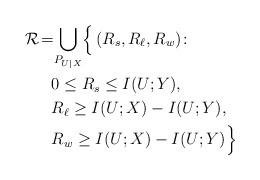
LaTeX: \begin{align*}\mathcal{R}_{}\! =\! &\bigcup_{P_{U|X}}\!\Big\{\left(R_s,R_\ell,R_w\right)\!\colon\!\\&0 \leq R_s\leq I(U;Y),\\&R_\ell\geq I(U;X)-I(U;Y),\\&R_w\geq I(U;X)-I(U;Y)\Big\} \end{align*}